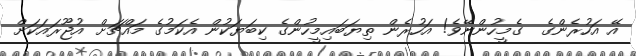
އޭ އަހުރެންގެ  ގެމީހުންނޭވެ! އަހުރެން ތިޔަބައިމީހުންގެ ކިބަޔަކުން އެކަމުގެ މައްޗަށް އުޖޫރައަކަށް